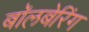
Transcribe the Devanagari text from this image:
बॉलबेरिंग